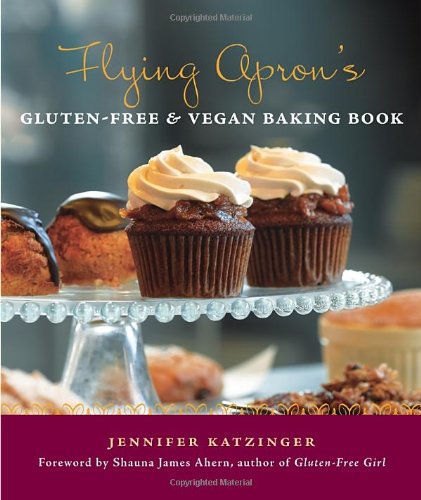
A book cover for Flying Apron's Gluten-Free & Vegan Baking Book; Jennifer Katzinger; Health, Fitness & Dieting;